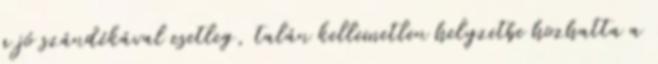
a jó szándékával esetleg, talán kellemetlen helyzetbe hozhatta a